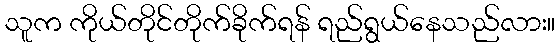
သူက ကိုယ်တိုင်တိုက်ခိုက်ရန် ရည်ရွယ်နေသည်လား။